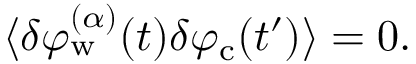
\langle \delta \varphi _ { \mathrm { w } } ^ { ( \alpha ) } ( t ) \delta \varphi _ { \mathrm { c } } ( t ^ { \prime } ) \rangle = 0 .